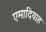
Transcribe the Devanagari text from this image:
एमादियाह